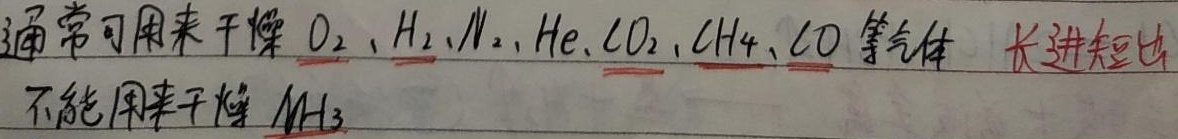
通常可用来干燥 $\ce{O2}$、$\ce{H2}$、$\ce{N2}$、$\ce{He}$、$\ce{CO2}$、$\ce{CH4}$、$\ce{CO}$ 等气体，长进短出。不能用来干燥 $\ce{NH3}$